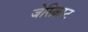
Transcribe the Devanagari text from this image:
जेस्क्रिप्ट